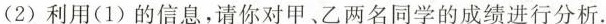
（2）利用（1）的信息,请你对甲、乙两名同学的成绩进行分析.